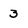
Character: 3